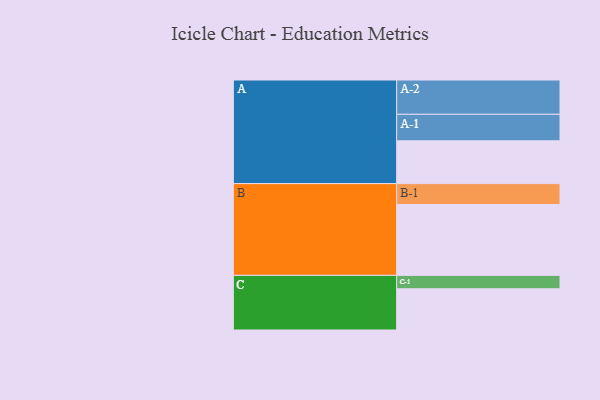
{"axis": {"x": "Segment", "y": "Value"}, "legend": ["", "A", "B", "C"], "data": [{"x": "A", "y": 318, "type": ""}, {"x": "B", "y": 527, "type": ""}, {"x": "C", "y": 306, "type": ""}, {"x": "A-1", "y": 197, "type": "A"}, {"x": "A-2", "y": 255, "type": "A"}, {"x": "B-1", "y": 155, "type": "B"}, {"x": "C-1", "y": 100, "type": "C"}]}